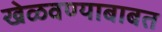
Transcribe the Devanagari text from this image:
खेळवण्याबाबत